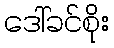
ဒေါ်ခင်စိုး